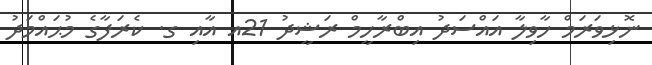
ނޮޅިވަރަމް ހާވިލާ އައްސަދު އިބްރާހީމް ރަޝީދު 21އ އާއި ގ. ކެރަފާގެ މުޙައްމަދު